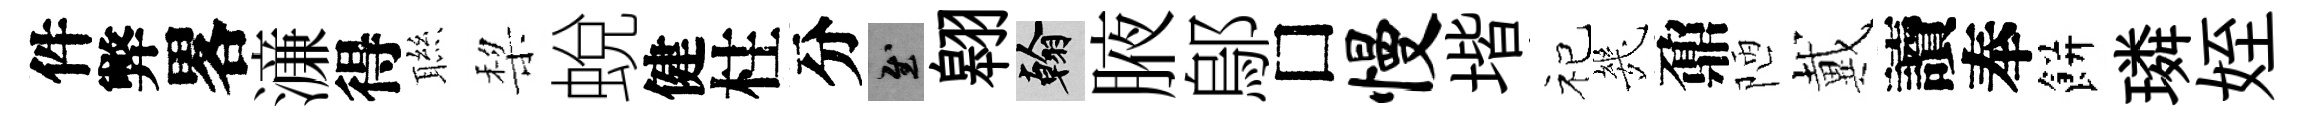
件弊畧濓得聮棃蛻健柱分慰翱翰腋鄔□慢堦祀㡬鼐陋戴讀奉餅璘姪